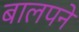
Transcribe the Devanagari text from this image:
बालपने